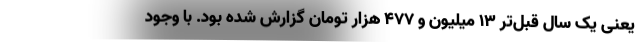
یعنی یک سال قبل‌تر ۱۳ میلیون و ۴۷۷ هزار تومان گزارش شده بود. با وجود